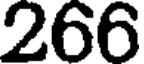
266